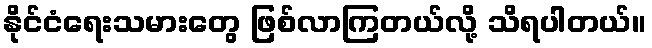
နိုင်ငံရေးသမားတွေ ဖြစ်လာကြတယ်လို့ သိရပါတယ်။